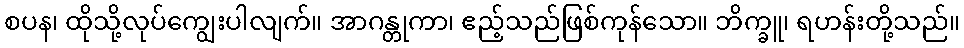
စပန၊ ထိုသို့လုပ်ကျွေးပါလျက်။ အာဂန္တုကာ၊ ဧည့်သည်ဖြစ်ကုန်သော။ ဘိက္ခူ၊ ရဟန်းတို့သည်။